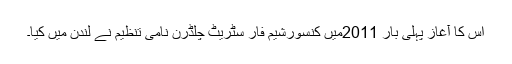
اس کا آغاز پہلی بار 2011میں کنسورشیم فار سٹریٹ چلڈرن نامی تنظیم نے لندن میں کیا۔